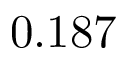
0 . 1 8 7